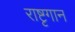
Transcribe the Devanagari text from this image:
राष्टृगान